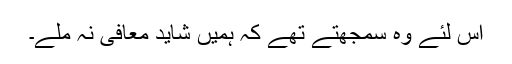
اس لئے وہ سمجھتے تھے کہ ہمیں شاید معافی نہ ملے۔